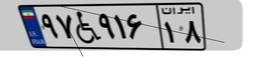
۵۵W۵۵۷۴۷